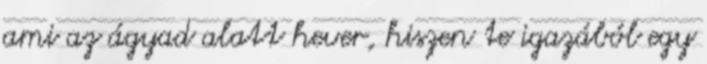
ami az ágyad alatt hever, hiszen te igazából egy